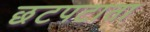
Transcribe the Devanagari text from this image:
छटपटाता